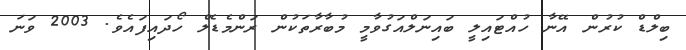
ބިލްޑް ކުރުން އޭނާ ހުއްޓައިލީ ބައިނަލްއަގުވާމީ މުބާރާތަކުން ރަންމެޑެލް ހޯދައިފައެވެ. 2003 ވަނަ